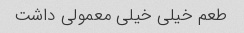
طعم خیلی خیلی معمولی داشت